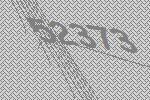
52373